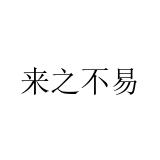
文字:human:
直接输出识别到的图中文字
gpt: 来之不易